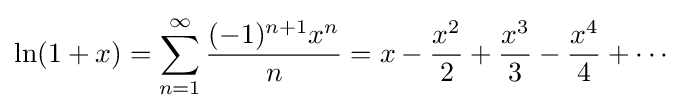
\ln(1+x)=\sum _{n=1}^{\infty }{\frac {(-1)^{n+1}x^{n}}{n}}=x-{\frac {x^{2}}{2}}+{\frac {x^{3}}{3}}-{\frac {x^{4}}{4}}+\cdots